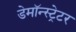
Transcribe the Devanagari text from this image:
डेमॉन्स्ट्रेटर